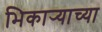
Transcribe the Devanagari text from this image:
भिकार्‍याच्या